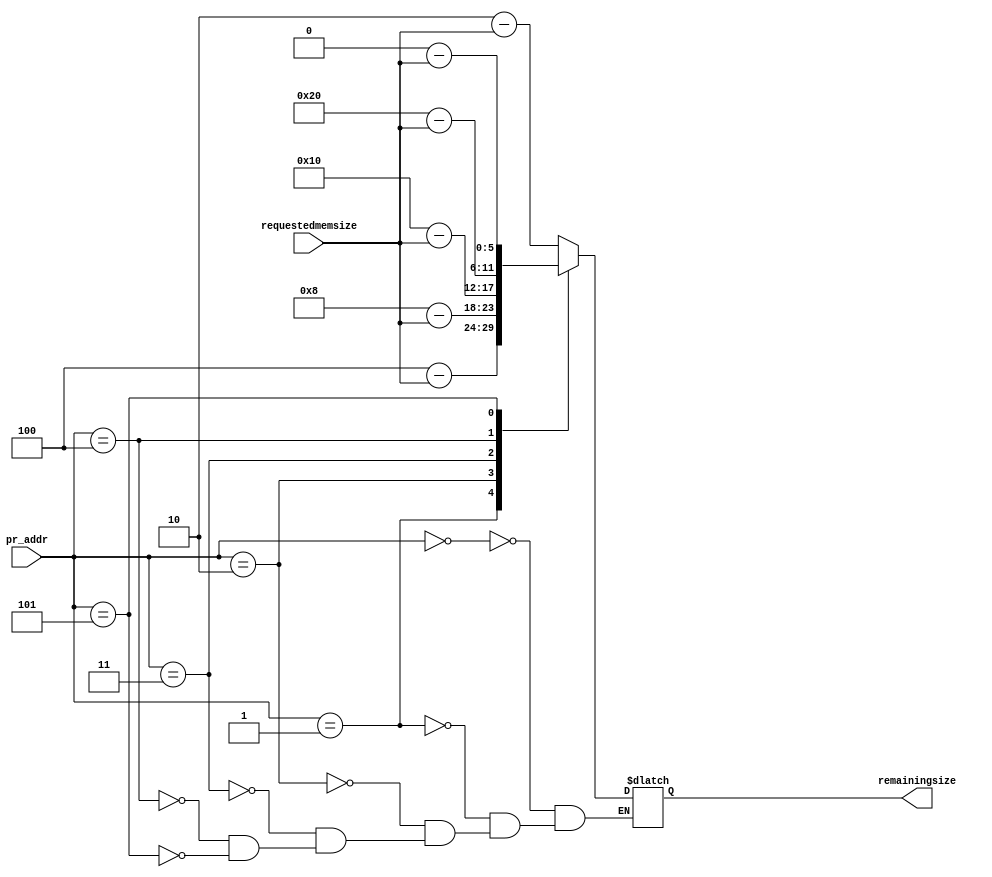
module mux_sub(input [5:0] requestedmemsize, output reg [5:0] remainingsize, input [2:0] pr_addr);
wire [5:0] s0,s1,s2,s3,s4,s5;
assign s0=2-requestedmemsize;
assign s1=4-requestedmemsize;
assign s2=8-requestedmemsize;
assign s3=16-requestedmemsize;
assign s4=32-requestedmemsize;
assign s5=64-requestedmemsize;

always @(*)
case(pr_addr)
0:remainingsize<=s0;
1:remainingsize<=s1;
2:remainingsize<=s2;
3:remainingsize<=s3;
4:remainingsize<=s4;
5:remainingsize<=s5;
endcase
endmodule